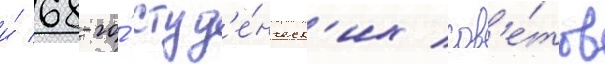
и́ 68-го́ студ'е́нческ'их сов'е́тов